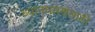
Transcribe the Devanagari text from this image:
ध्यानधारणेसाठी